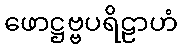
ဖောဋ္ဌဗ္ဗပရိဠာဟံ